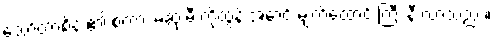
သော်တာစိန် ၏ စကား မဆုံးမီ ကိုထွန်းအောင် မျက်ထောင့် ကြီး နီ လာသည် ။